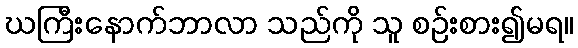
ဃကြီးနောက်ဘာလာ သည်ကို သူ စဉ်းစား၍မရ။